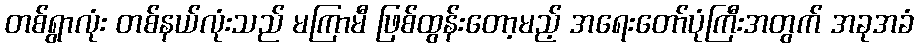
တစ်ရွာလုံး တစ်နယ်လုံးသည် မကြာမီ ဖြစ်ထွန်းတော့မည့် အရေးတော်ပုံကြီးအတွက် အခုအခံ